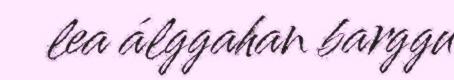
lea álggahan barggu